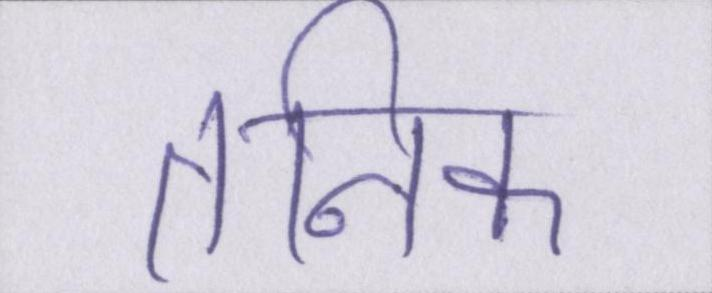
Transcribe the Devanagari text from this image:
तनिक